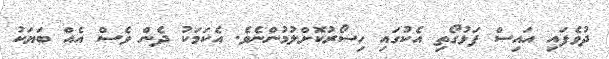
ދުވެފައި އައިސް ފަޅުގޯތި އެކުގައި ހިސޯރުކޮށްލުމުންނެވެ. އެކަމަކު ދެން ވެސް އެއް ބަޔަކު